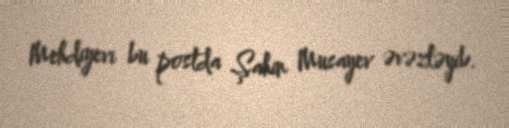
Mehdiyevi bu postda Şahin Musayev əvəzləyib.